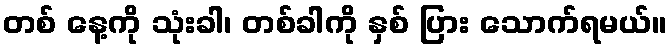
တစ် နေ့ကို သုံးခါ၊ တစ်ခါကို နှစ် ပြား သောက်ရမယ်။